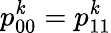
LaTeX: p_{00}^{\mathit{k}}=p_{11}^{\mathit{k}}